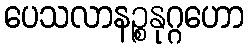
ပေသလာနဉ္စနုဂ္ဂဟော